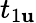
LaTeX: t_{1\mathbf{u}}